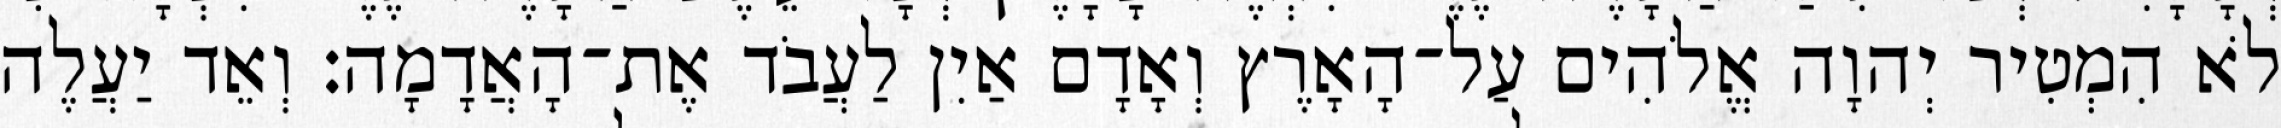
לֹא הִמְטִיר יְהוָה אֱלֹהִים עַל־הָאָרֶץ וְאָדָם אַיִן לַעֲבֹד אֶת־הָאֲדָמָה׃ וְאֵד יַעֲלֶה